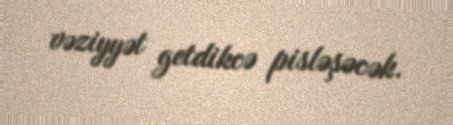
vəziyyət getdikcə pisləşəcək.